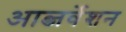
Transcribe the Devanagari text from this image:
आब्जर्वेशन